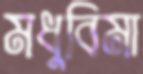
মধুবিমা